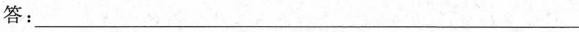
答：____